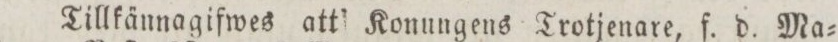
Tillkännagifwes att Konungens Trotjenare, f. d. Ma=